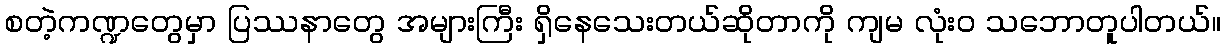
စတဲ့ကဏ္ဍတွေမှာ ပြဿနာတွေ အများကြီး ရှိနေသေးတယ်ဆိုတာကို ကျမ လုံး၀ သဘောတူပါတယ်။